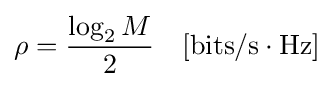
\rho ={\frac {\log _{2}M}{2}}\quad [{\text{bits}}/{\text{s}}\cdot {\text{Hz}}]